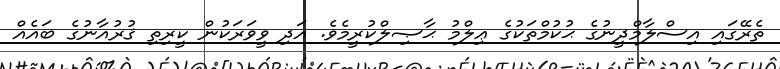
ތެރޭގައި އިސްލާމްދީނުގެ ޙުކުމްތަކުގެ ޢިލްމު ޙާޞިލްކުރީމެވެ. އަދި ވީވަރަކުން ކީރިތި ޤުރުއާނުގެ ބައެއް